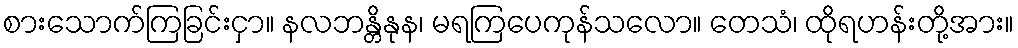
စားသောက်ကြခြင်းငှာ။ နလဘန္တိနုန၊ မရကြပေကုန်သလော။ တေသံ၊ ထိုရဟန်းတို့အား။